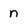
Character: n